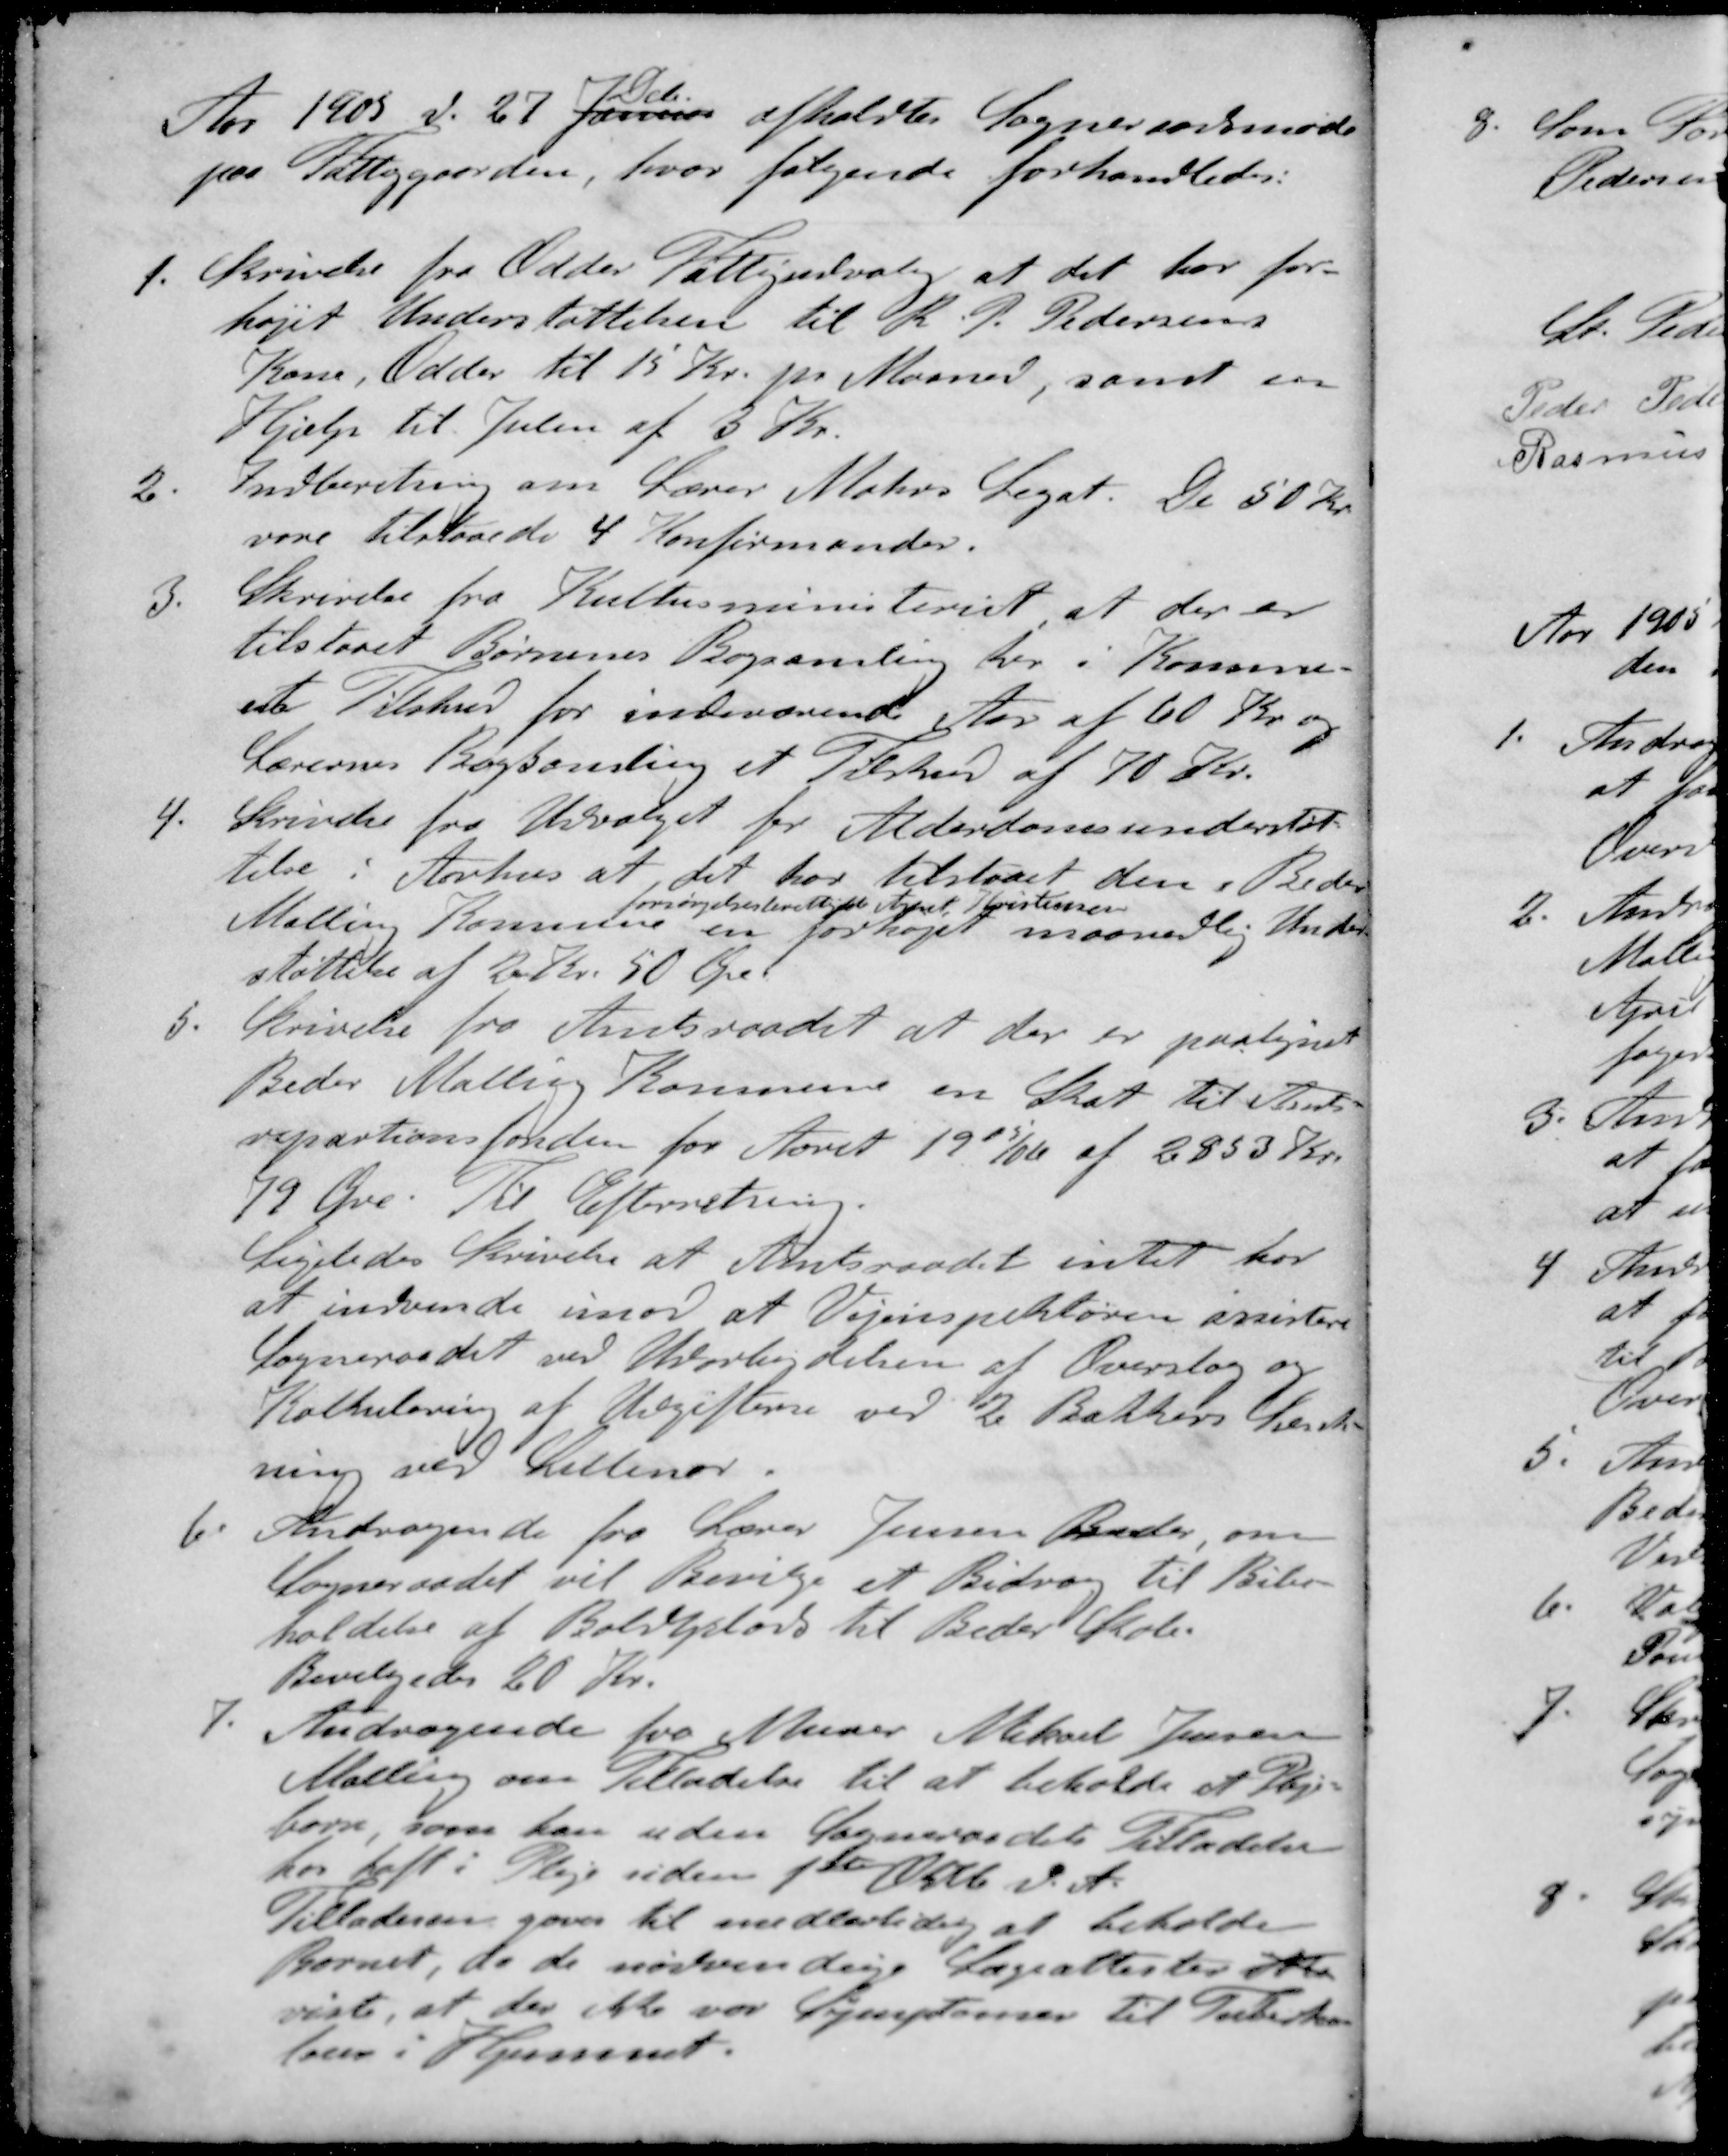
Transskription:
Dcb
Aar 1905 d. 27 Januar afholdtes Sogneraadsmøde
paa Fattiggaarden, hvor følgende forhandledes:
1. Skrivelse fra Odder Fattigudvalig at det har for-
højet Understøttelsen til R. P. Pedersens
Kone, Odder til 15 Kr. pr. Maaned, samt en
Hjælp til Julen af 3 Kr.
2. Indberetning om Lærer Maters Legat. De 50 Kr
vare tilstaaede 4 Konfirmander.
3. Skrivelse fra Kultusministeriet at der er
tilstaaet Børnenes Bogsamling her i Kommu-
en Tilskud for indeværende Aar af 60 Kr. og
Lærernes Bogsamling et Tilskud af 70 Kr.
4. Skrivelse fra Udvalget for Alderdomsunderstøt-
telse i Aarhus at det har tilstaaet den i Beder
forsørgelsesberettigde August Kristensen
Malling Kommune en forhøjet maanedlig Under-
støttelse af 20 Kr. 50 Øre
5. Skrivelse fra Amtsraadet at der er paategnet
Beder Malling Kommune en Skat til Amts-
repartionsfonden for Aaret 1905/06 af 2853 Kr.
79 Øre. Til Efterretning.
Ligeledes Skrivelse af Amtsraadet intet har
at indvende imod at Vejinspektøren assisterer
Sogneraadet ved Udarbejdelsen af Overslag og
Kalkulering af Udgifterne ved 2 Bakkers Sænk-
ning ved Lillenor.
6 Andragende fra Lærer Jensen Beder, om
Sogneraadet vil Bevilge et Bidrag til Bibe-
holdelse af Boldplads til Beder Skole
Bevilgedes 20 Kr.
7. Andragende fra der Mikael Jensen
Malling om Tilladelse til at beholde et Pleje-
barn, som han uden Sogneraadets Tilladelse
har haft i Pleje siden 1ste Oktb. d. A.
Tilladeren gives til midlertidig at beholde
Barnet, da de nødvendige Lægeattester ikke
viste, at der ikke var Symptomer til Tuberku-
lose i Hjemmet.